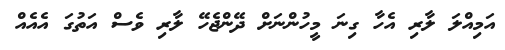
އަމިއްލަ ލާރި އެހާ ގިނަ މީހުންނަށް ދޭންޖެހޭ ލާރި ވެސް އަތުގަ އެއެއް